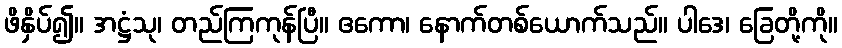
ဖိနှိပ်၍။ အဋ္ဌံသု၊ တည်ကြကုန်ပြီ။ ဧကော၊ နောက်တစ်ယောက်သည်။ ပါဒေ၊ ခြေတို့ကို။